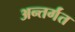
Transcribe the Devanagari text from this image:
अन्तर्गंत